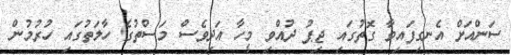
ސަންއަށް އެނގިފައިވާ ގޮތުގައި ޖިޕު ދުއްވި މީހާ އަދިވެސް މަސްތުގެ ހާލަތުގައި ހުރުމުން